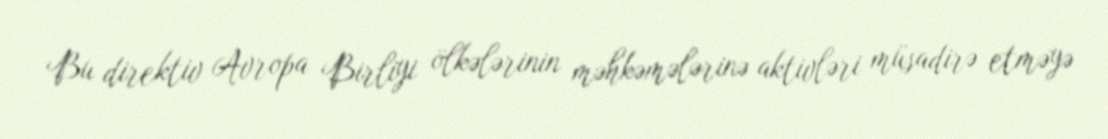
Bu direktiv Avropa Birliyi ölkələrinin məhkəmələrinə aktivləri müsadirə etməyə